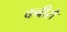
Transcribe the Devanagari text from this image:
कबीरो